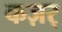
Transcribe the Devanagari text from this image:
कज़र्